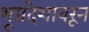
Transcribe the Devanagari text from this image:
भूप्रदेशावरून